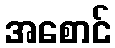
အစောင်